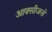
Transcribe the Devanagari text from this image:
आक्सीजनों